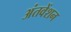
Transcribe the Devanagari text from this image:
अंतवेंशन